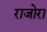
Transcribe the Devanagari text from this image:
राजोरा